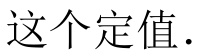
这个定值.